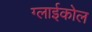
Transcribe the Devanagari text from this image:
ग्लाईकोल